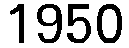
1950